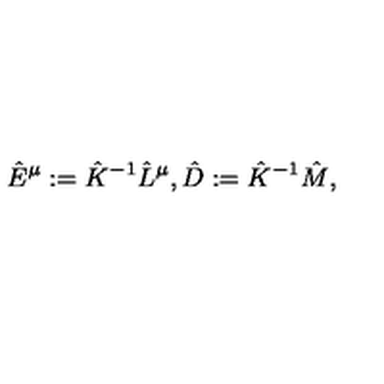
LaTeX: \hat { E } ^ { \mu } : = \hat { K } ^ { - 1 } \hat { L } ^ { \mu } , \hat { D } : = \hat { K } ^ { - 1 } \hat { M } ,